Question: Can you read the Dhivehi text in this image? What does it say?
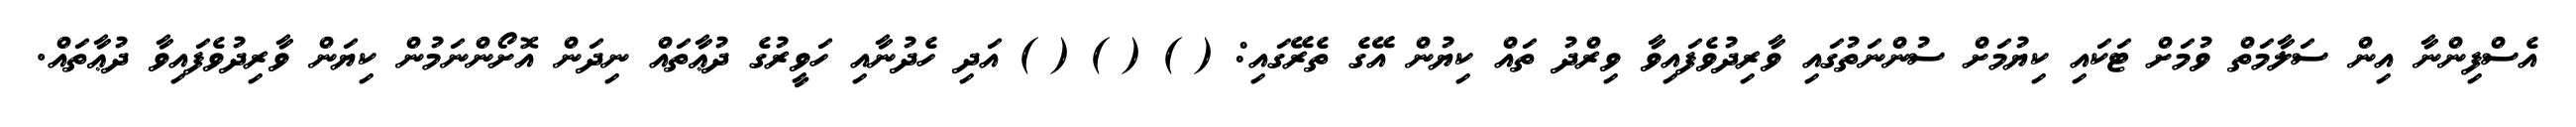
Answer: އެސްފިންނާ އިން ސަލާމަތް ވުމަށް ޓަކައި ކިޔުމަށް ސުންނަތުގައި ވާރިދުވެފައިވާ ވިރްދު ތައް ކިޔުން އޭގެ ތެރޭގައި: ( ) ( ) ( ) އަދި ހެދުނާއި ހަވީރުގެ ދުޢާތައް ނިދަން އޮށޯންނަމުން ކިޔަން ވާރިދުވެފައިވާ ދުޢާތައް.